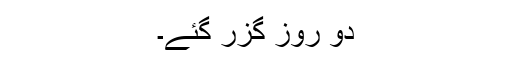
دو روز گزر گئے۔